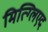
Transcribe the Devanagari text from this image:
मित्ग्लिएद